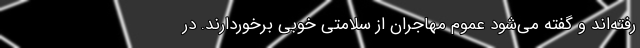
رفته‌اند و گفته می‌شود عموم مهاجران از سلامتی خوبی برخوردارند. در